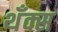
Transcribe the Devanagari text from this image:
थँक्स